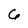
Character: 6